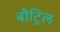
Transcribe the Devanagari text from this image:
बौट्रिल